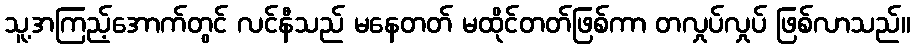
သူ့အကြည့်အောက်တွင် လင်နီသည် မနေတတ် မထိုင်တတ်ဖြစ်ကာ တလှုပ်လှုပ် ဖြစ်လာသည်။